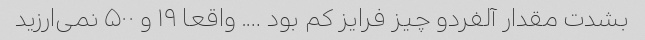
بشدت مقدار آلفردو چیز فرایز کم بود …. واقعا ۱۹ و ۵۰۰ نمی‌ارزید